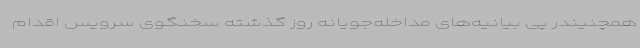
همچنیندر پی بیانیه‌های مداخله‌جویانه روز گذشته سخنگوی سرویس اقدام